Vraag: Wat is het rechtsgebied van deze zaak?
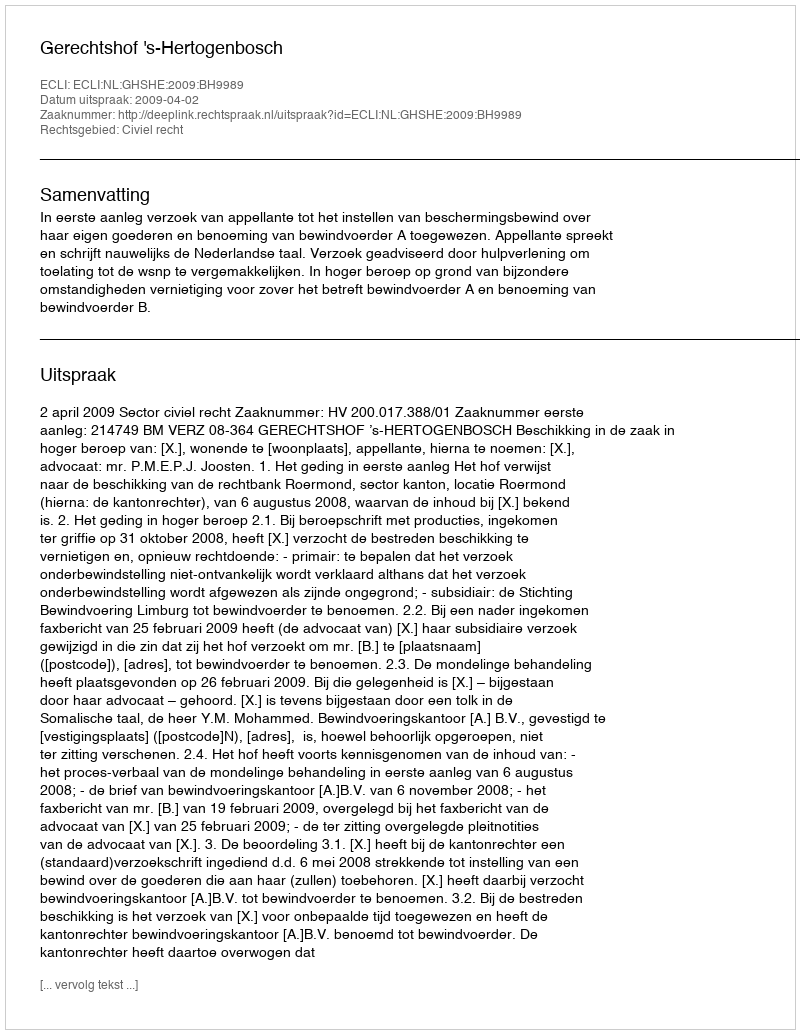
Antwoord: Civiel recht